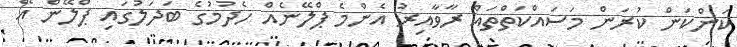
ކަންކަން ކުރަން މަސައްކަތްތައް ރާވާއިރު އެންމެ ޕްލޭނެއް ހެދުމުގެ ބަދަލުގައި ޕްލޭން އޭ